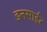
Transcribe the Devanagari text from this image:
इनसाईट